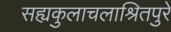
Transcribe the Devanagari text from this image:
सह्यकुलाचलाश्रितपुरे